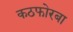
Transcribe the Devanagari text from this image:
कठफोरबा